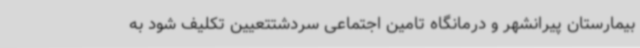
بیمارستان پیرانشهر و درمانگاه تامین اجتماعی سردشتتعیین تکلیف شود به